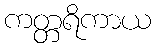
ကတ္တရိကာယ